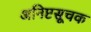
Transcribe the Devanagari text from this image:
अनिष्टसूचक